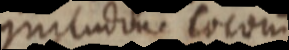
gnitudine cocom